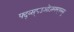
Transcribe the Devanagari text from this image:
फ्द्व्स्८उओज्स्र्फ्म्फ्व्स्कु